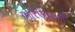
ભારણવાળી